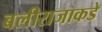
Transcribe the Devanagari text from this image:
बलीराजाकडे